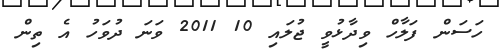
ހަސަން ފަލާހް ވިދާޅުވީ ޖުލައި 10 2011 ވަނަ ދުވަހު އެ ތިން